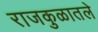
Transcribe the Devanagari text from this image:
राजकुळातले